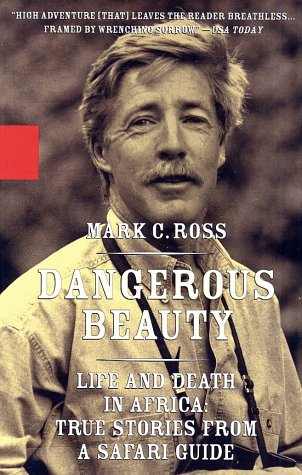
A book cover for Dangerous Beauty - Life and Death in Africa: True Stories From a Safari Guide; Mark C. Ross; Travel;